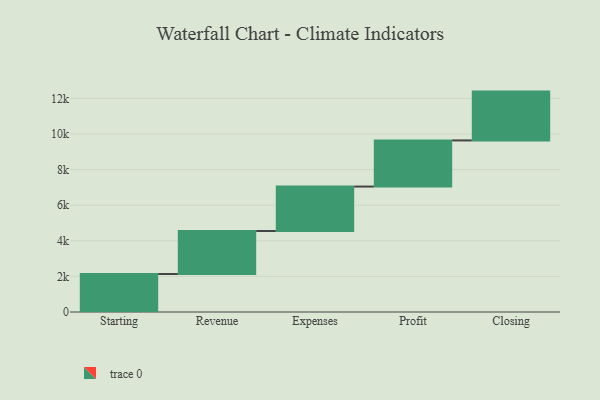
{"axis": {"x": "Step", "y": "Value"}, "legend": [""], "data": [{"x": "Starting", "y": 2134.0, "type": ""}, {"x": "Revenue", "y": 2416.0, "type": ""}, {"x": "Expenses", "y": 2497.0, "type": ""}, {"x": "Profit", "y": 2593.0, "type": ""}, {"x": "Closing", "y": 2742.0, "type": ""}]}